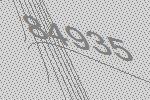
84935